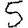
Digit: 5